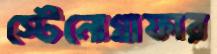
স্টেনোগ্রাফার